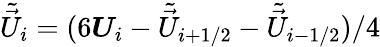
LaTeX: \tilde{\vec{U}}_{i}=(6\boldsymbol{U}_{i}-\tilde{\vec{U}}_{i+1/2}-\tilde{\vec{U}}_{i-1/2})/4